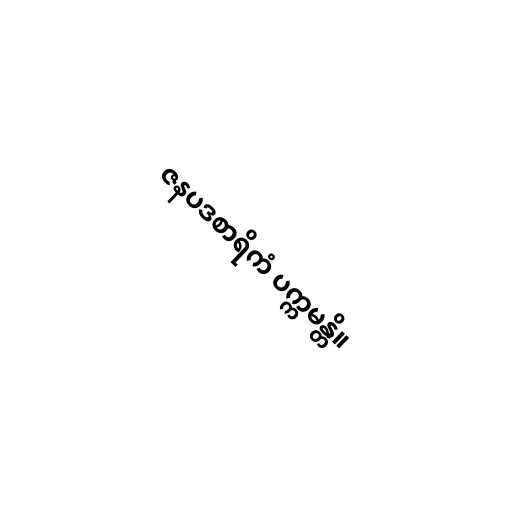
ဇနပဒစာရိကံ ပက္ကမန္တိ။